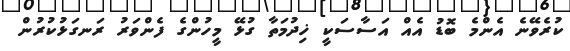
ކުރެވޭނެ އެންމެ ބޮޑު އެއް އަސާސަކީ ޚިދުމަތާ ގުޅޭ މީހުންގެ ފެންވަރު ރަނގަޅުކުރުން